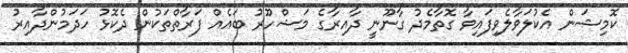
ކޮމިޝަން އެކުލަވާލެވިފައިވާ ގޮތާމެދު ގާނޫނީ ދާއިރާގެ މަޝްހޫރު ބައެއް ފަރާތްތަކުން ދެކޮޅު ހަދަމުންދާއިރު